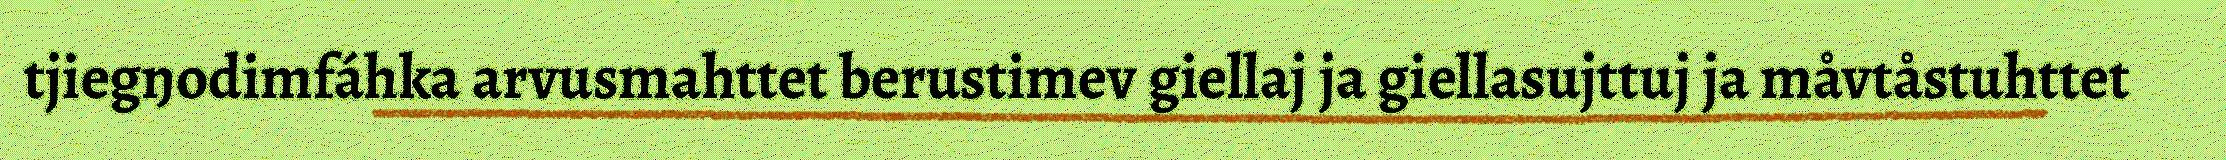
tjiegŋodimfáhka arvusmahttet berustimev giellaj ja giellasujttuj ja måvtåstuhttet